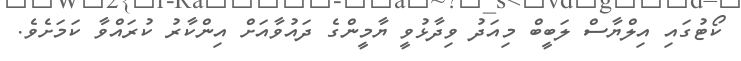
ކޯޓުގައި އިލްޔާސް ލަބީބް މިއަދު ވިދާޅުވީ ޔާމީންގެ ދައުވާއަށް އިންކާރު ކުރައްވާ ކަމަށެވެ.